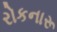
રોકનારૂ